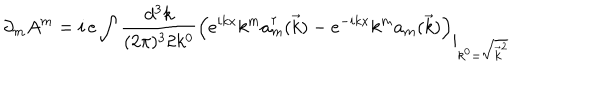
\partial _ { m } A ^ { m } = i \, e \int \frac { d ^ { 3 } k } { ( 2 \pi ) ^ { 3 } 2 k ^ { 0 } } \left( e ^ { i k x } k ^ { m } a _ { m } ^ { \dagger } ( \vec { k } ) - e ^ { - i k x } k ^ { m } a _ { m } ( \vec { k } ) \right) _ { \displaystyle | _ { k ^ { 0 } = \sqrt { \vec { k } ^ { 2 } } } }